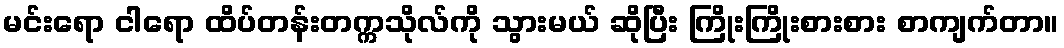
မင်းရော ငါရော ထိပ်တန်းတက္ကသိုလ်ကို သွားမယ် ဆိုပြီး ကြိုးကြိုးစားစား စာကျက်တာ။